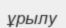
ұрылу